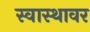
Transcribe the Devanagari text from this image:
स्वास्थावर